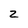
Character: z